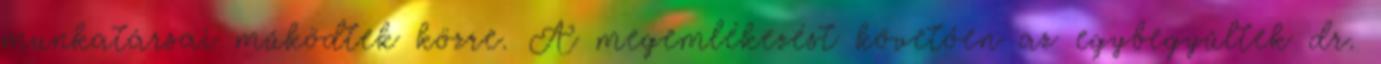
munkatársai működtek közre. A megemlékezést követően az egybegyűltek dr.